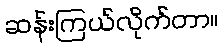
ဆန်းကြယ်လိုက်တာ။